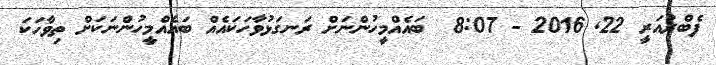
ފެބްރުއަރީ 22